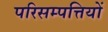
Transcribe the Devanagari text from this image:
परिसम्‍पत्तियों